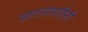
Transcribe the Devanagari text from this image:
मायनापतीनी